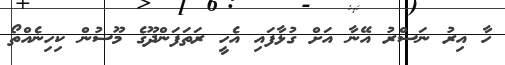
ހާ އިރު ނަސްރު އޭނާ އަށް ގުޅާފައި އެހީ ރަތަފަންދޫގެ މޫސުން ކިހިނެއްތޯ